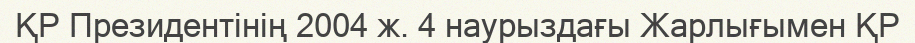
ҚР Президентінің 2004 ж. 4 наурыздағы Жарлығымен ҚР